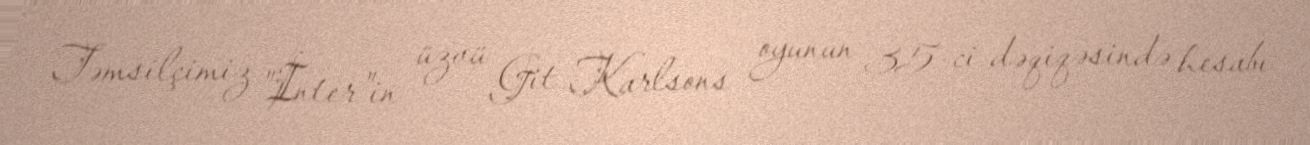
Təmsilçimiz "İnter"in üzvü Git Karlsons oyunun 35-ci dəqiqəsində hesabı